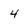
Character: 4